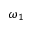
\omega _ { 1 }